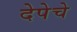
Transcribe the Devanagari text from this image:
देपेचे